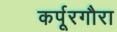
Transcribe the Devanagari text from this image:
कर्पूरगौरा